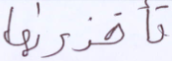
تأخذونها